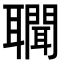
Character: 𦘁